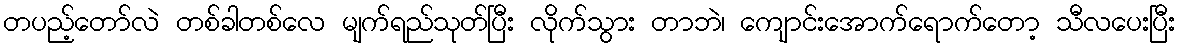
တပည့်တော်လဲ တစ်ခါတစ်လေ မျက်ရည်သုတ်ပြီး လိုက်သွား တာဘဲ၊ ကျောင်းအောက်ရောက်တော့ သီလပေးပြီး